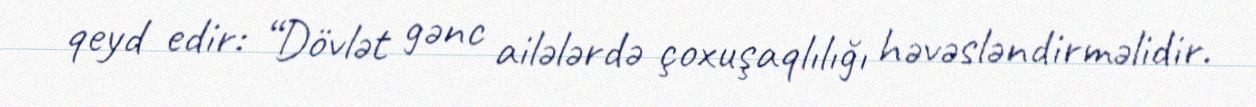
qeyd edir: “Dövlət gənc ailələrdə çoxuşaqlılığı həvəsləndirməlidir.